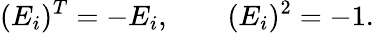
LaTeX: (E_{i})^{T}=-E_{i},\quad\quad(E_{i})^{2}=-1.